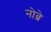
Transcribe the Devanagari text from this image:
नोब्रे